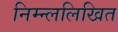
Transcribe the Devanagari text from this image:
निम्न्ललिखित